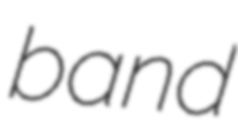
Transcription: band